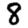
Digit: 8